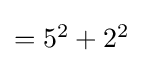
{\textstyle =5^{2}+2^{2}}